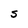
Character: S